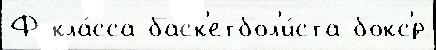
Ф кла́сса баск'етбол'и́ста бокс'́р